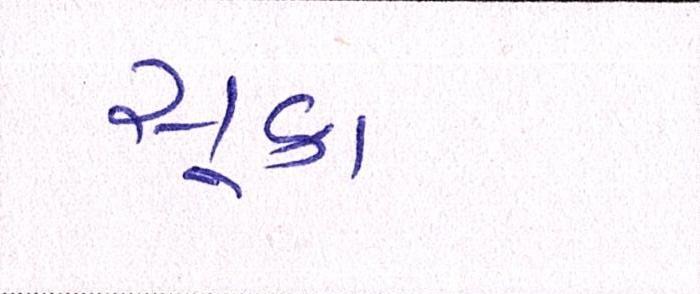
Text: સૂકા